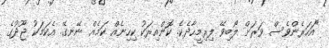
"އަހަރެންވެސް ވަރަށް ލޯބިވޭ ފިރިމީހާދެކެ. ކޮންއިރަކު ކިހިނެއް ކަމެއް ނޭނގޭ. އެކަމަކު ޖޫދުގެ